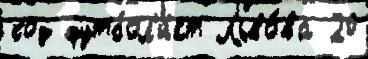
код футбол'и́ст Льво́ва 20